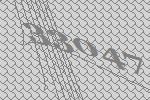
33047